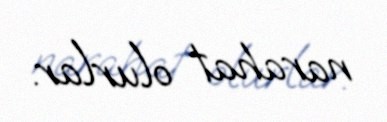
narahat olurlar.